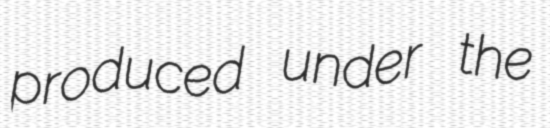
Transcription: produced under the